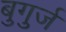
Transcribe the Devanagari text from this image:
बुगुर्ज